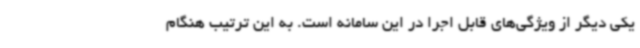
یکی دیگر از ویژگی‌های قابل اجرا در این سامانه است. به این ترتیب هنگام